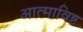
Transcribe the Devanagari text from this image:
आत्माविष्ट